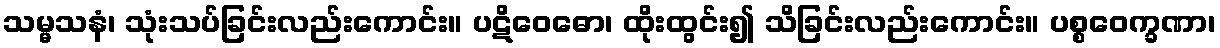
သမ္မသနံ၊ သုံးသပ်ခြင်းလည်းကောင်း။ ပဋိဝေဓော၊ ထိုးထွင်း၍ သိခြင်းလည်းကောင်း။ ပစ္စဝေက္ခဏာ၊